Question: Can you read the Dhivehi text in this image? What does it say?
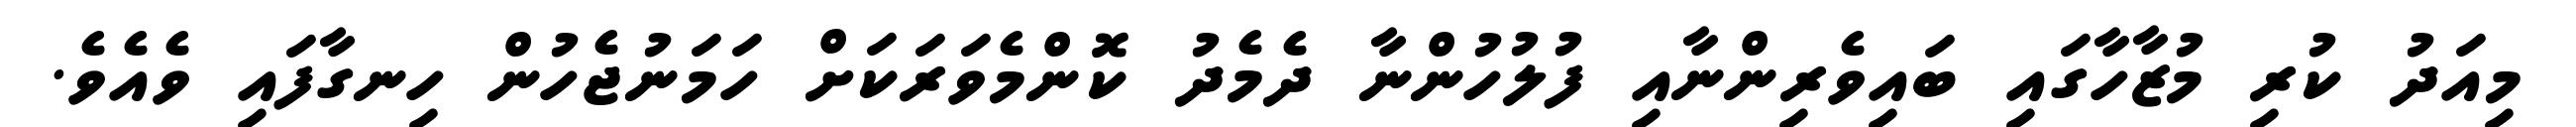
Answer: މިއަދު ކުރި މުޒާހާގައި ބައިވެރިންނާއި ފުލުހުންނާ ދެމެދު ކޮންމެވަރަކަށް ހަމަނުޖެހުން ހިނގާފައި ވެއެވެ.